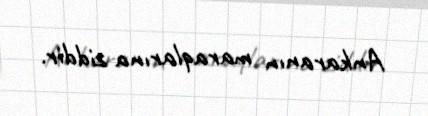
Ankaranın maraqlarına ziddir.